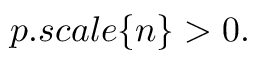
p . s c a l e \{ n \} > 0 .